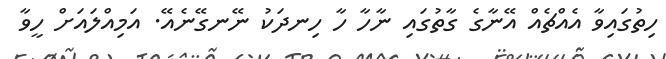
ހިތުގައިވާ އެއްޗެއް އޭނާގެ ގާތުގައި ނާހާ ހާ ހިނދަކު ނޭނގޭނެއޭ. އަމިއްލައަށް ހީވާ